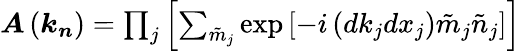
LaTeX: \begin{array}{r}{\boldsymbol{A}\left(\boldsymbol{k}_{\boldsymbol{n}}\right)=\prod_{j}\left[\sum_{\tilde{m}_{j}}\exp\left[-i\left(dk_{j}dx_{j}\right)\tilde{m}_{j}\tilde{n}_{j}\right]\right]}\end{array}